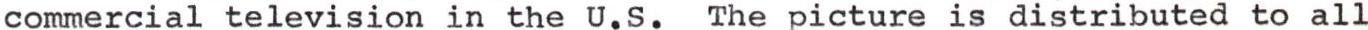
commercial television in the U.S. The picture is distributed to all